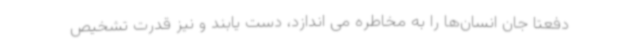
دفعتا جان انسان‌ها را به مخاطره می اندازد، دست یابند و نیز قدرت تشخیص